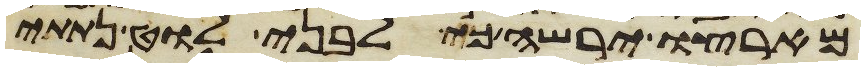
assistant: מארצו ירשה כי לבני לוט נתתי